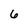
Character: 6